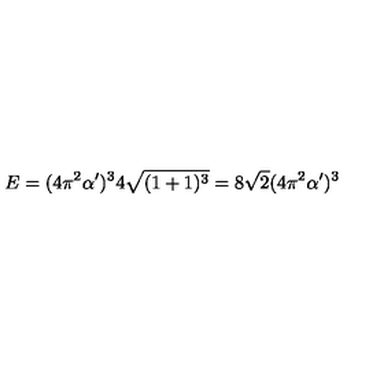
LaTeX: E = ( 4 \pi ^ { 2 } \alpha ^ { \prime } ) ^ { 3 } 4 \sqrt { ( 1 + 1 ) ^ { 3 } } = 8 \sqrt { 2 } ( 4 \pi ^ { 2 } \alpha ^ { \prime } ) ^ { 3 }